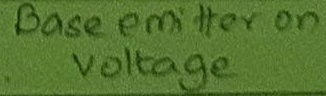
Text: Base emmiter on Voltage